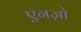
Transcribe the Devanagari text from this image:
एनज़ो